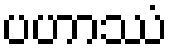
ပဟာဿံ